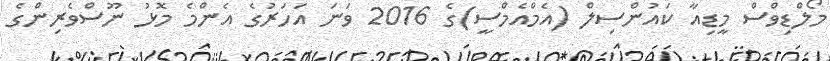
މޯލްޑިވްސް މީޑިއާ ކައުންސިލް (އެމްއެމްސީ)ގެ 2016 ވަނަ އަހަރުގެ އެންމެ މޮޅު ނޫސްވެރިންގެ